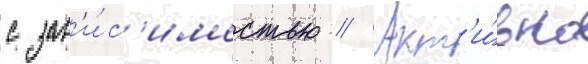
с зав'и́с'имостью // Акт'и́вно